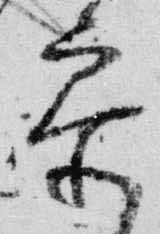
参